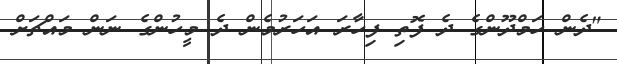
"ދެން ހަމްދޫންގެ ދެ ފޮތި ފިހާރަ އަހަރުމެން ދެ މީހުންގެ ނަން މައްޗަށް